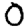
Digit: 0